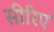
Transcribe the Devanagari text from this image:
सीरिए